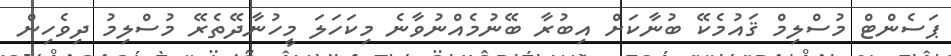
ޕަސެންޓް މުސްލިމް ޤައުމެކޭ ބުނާކަށް އިބުރާ ބޭނުމެއްނުވާނެ މިކަހަލަ މީހުނާދޭތެރޭ މުސްލިމު ދިވެހިން